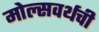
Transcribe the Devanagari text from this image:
मोल्सवर्थची